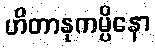
ဟိတာနုကမ္ပိနော